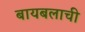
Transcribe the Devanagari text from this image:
बायबलाची